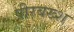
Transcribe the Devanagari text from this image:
पीरबख्श